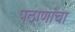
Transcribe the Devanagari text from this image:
पठाणांचा